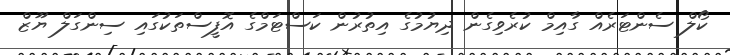
ކޯލް ސެންޓަރެއް ގާއިމް ކުރެވިގެން ދިޔުމުގެ އިތުރުން ކަސްޓަމްގެ އޮފީސްތަކުގައި ސިންގަލް ޔޫޒް